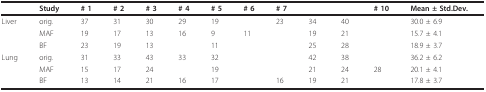
<table><thead><tr><td>[EMPTY_CELL]</td><td><b>Study</b></td><td><b># 1</b></td><td><b># 2</b></td><td><b># 3</b></td><td><b># 4</b></td><td><b># 5</b></td><td><b># 6</b></td><td><b># 7</b></td><td>[EMPTY_CELL]</td><td>[EMPTY_CELL]</td><td><b># 10</b></td><td><b>Mean ± Std.Dev.</b></td></tr></thead><tbody><tr><td>Liver</td><td>orig.</td><td>37</td><td>31</td><td>30</td><td>29</td><td>19</td><td>[EMPTY_CELL]</td><td>23</td><td>34</td><td>40</td><td>[EMPTY_CELL]</td><td>30.0 ± 6.9</td></tr><tr><td>[EMPTY_CELL]</td><td>MAF</td><td>19</td><td>17</td><td>13</td><td>16</td><td>9</td><td>11</td><td>[EMPTY_CELL]</td><td>19</td><td>21</td><td>[EMPTY_CELL]</td><td>15.7 ± 4.1</td></tr><tr><td>[EMPTY_CELL]</td><td>BF</td><td>23</td><td>19</td><td>13</td><td>[EMPTY_CELL]</td><td>11</td><td>[EMPTY_CELL]</td><td>[EMPTY_CELL]</td><td>25</td><td>28</td><td>[EMPTY_CELL]</td><td>18.9 ± 3.7</td></tr><tr><td>Lung</td><td>orig.</td><td>31</td><td>33</td><td>43</td><td>33</td><td>32</td><td>[EMPTY_CELL]</td><td>[EMPTY_CELL]</td><td>42</td><td>38</td><td>[EMPTY_CELL]</td><td>36.2 ± 6.2</td></tr><tr><td>[EMPTY_CELL]</td><td>MAF</td><td>15</td><td>17</td><td>24</td><td>[EMPTY_CELL]</td><td>19</td><td>[EMPTY_CELL]</td><td>[EMPTY_CELL]</td><td>21</td><td>24</td><td>28</td><td>20.1 ± 4.1</td></tr><tr><td>[EMPTY_CELL]</td><td>BF</td><td>13</td><td>14</td><td>21</td><td>16</td><td>17</td><td>[EMPTY_CELL]</td><td>16</td><td>19</td><td>21</td><td>[EMPTY_CELL]</td><td>17.8 ± 3.7</td></tr></tbody></table>